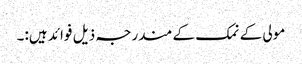
مولی کے نمک کے مندرجہ ذیل فوائد ہیں:۔